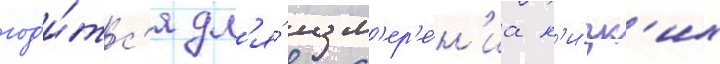
год'и́тс'я дл'я́ изм'ер'е́н'иа н'и́зк'их